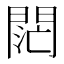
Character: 𨴤